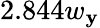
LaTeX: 2.844w_{\mathbf{y}}